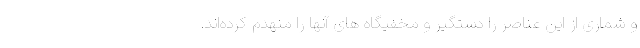
و شماری از این عناصر را دستگیر و مخفیگاه های آنها را منهدم کرده‌اند.